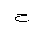
Letter: _ha